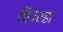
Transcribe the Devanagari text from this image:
चिउरहा